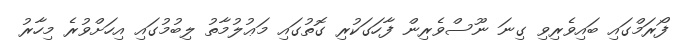
ފޯރަމްގައި ބައިވެރިވި ގިނަ ނޫސްވެރިން ފާހަގަކުރި ގޮތުގައި މަޢުލުމާތު ލިބުމުގައި އިހަށްވުރެ މިހާރު